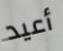
أعيد